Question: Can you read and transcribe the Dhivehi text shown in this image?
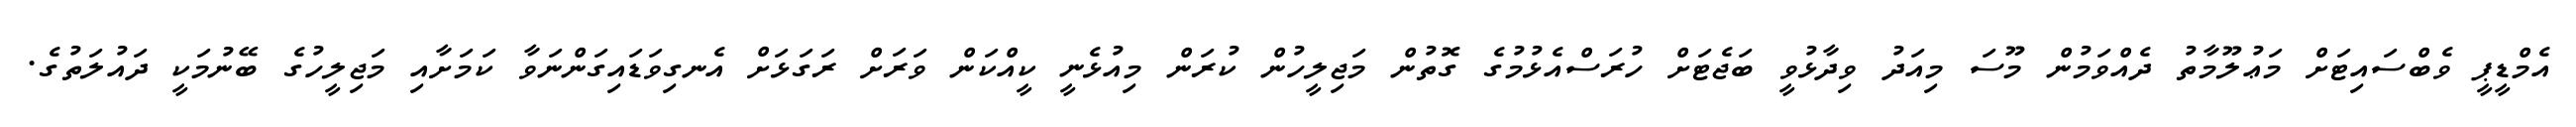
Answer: އެމްޑީޕީ ވެބްސައިޓަށް މަޢުލޫމާތު ދެއްވަމުން މޫސަ މިއަދު ވިދާޅުވީ ބަޖެޓަށް ހުރަސްއެޅުމުގެ ގޮތުން މަޖިލީހުން ކުރަން މިއުޅެނީ ކީއްކަން ވަރަށް ރަގަޅަށް އެނގިވަޑައިގަންނަވާ ކަމަށާއި މަޖިލީހުގެ ބޭނުމަކީ ދައުލަތުގެ.